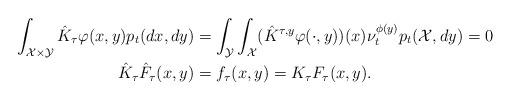
LaTeX: \begin{align*} \int_{\mathcal{X} \times \mathcal{Y}} \hat{K}_\tau \varphi(x, y) p_t(dx, dy) &= \int_{\mathcal{Y}} \int_\mathcal{X} (\hat{K}^{\tau,y} \varphi(\cdot, y))(x) \nu_t^{\phi(y)} p_t(\mathcal{X}, dy) = 0 \\ \hat{K}_\tau \hat{F}_\tau(x, y) &= f_\tau(x, y) = K_\tau F_\tau (x, y).\end{align*}